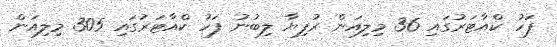
ފަހު ކްއާޓަރުގައި 36 މިލިއަން ރުފިޔާ ލިބުނު ފަހު ކްއާޓަރުގައި 305 މިލިއަން